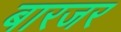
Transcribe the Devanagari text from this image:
बारजर